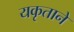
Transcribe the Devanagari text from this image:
यकृताने